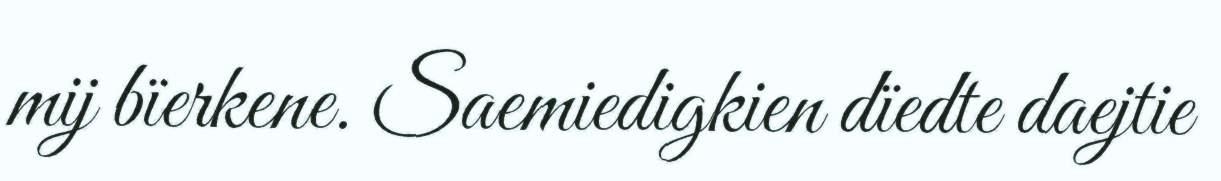
mij bïerkene. Saemiedigkien dïedte daejtie